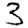
Digit: 3